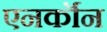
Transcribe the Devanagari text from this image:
एनर्कॉन